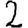
Digit: 2